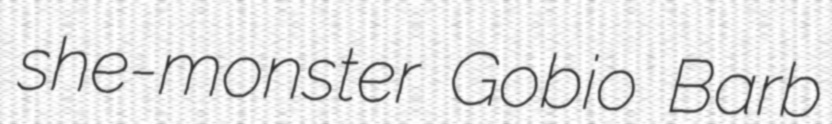
she-monster Gobio Barb